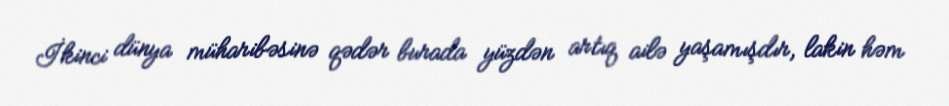
İkinci dünya müharibəsinə qədər burada yüzdən artıq ailə yaşamışdır, lakin həm